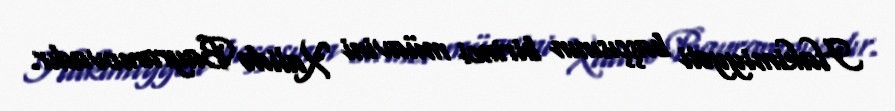
Hakimiyyəti başçısının birinci müavini Xalidə Bayramovadır.